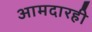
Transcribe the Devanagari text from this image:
आमदारही